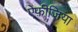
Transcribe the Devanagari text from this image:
ऐफ़ीज़िया